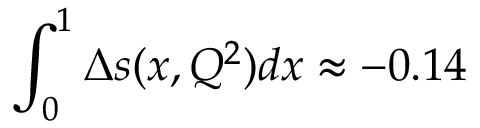
\int _ { 0 } ^ { 1 } \Delta s ( x , Q ^ { 2 } ) d x \approx - 0 . 1 4